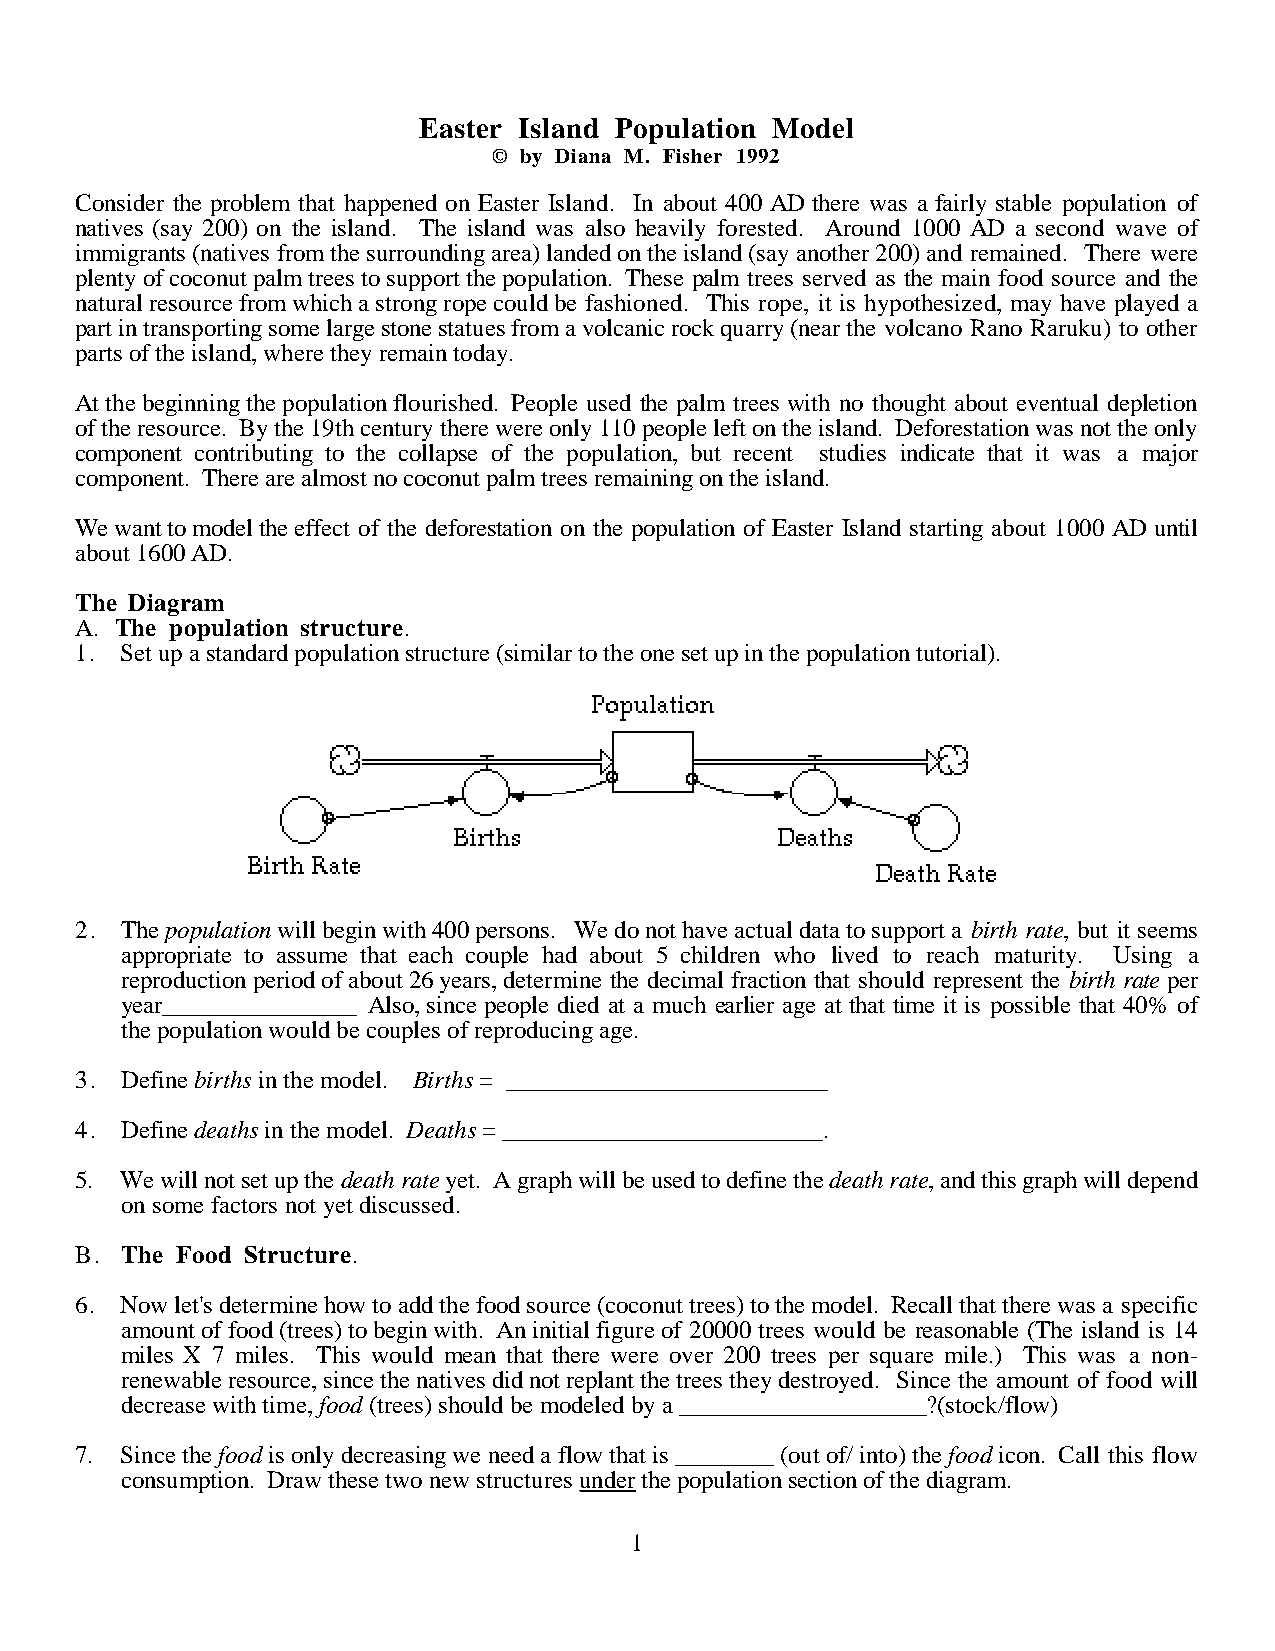
Easter Island Population Model
 © by Diana M. Fisher 1992
 Consider the problem that happened on Easter Island. In about 400 AD there was a fairly stable population of
 natives (say 200) on the island. The island was also heavily forested. Around 1000 AD a second wave of
 immigrants (natives from the surrounding area) landed on the island (say another 200) and remained. There were
 plenty of coconut palm trees to support the population. These palm trees served as the main food source and the
 natural resource from which a strong rope could be fashioned. This rope, it is hypothesized, may have played a
 part in transporting some large stone statues from a volcanic rock quarry (near the volcano Rano Raruku) to other
 parts of the island, where they remain today.
 At the beginning the population flourished. People used the palm trees with no thought about eventual depletion
 of the resource. By the 19th century there were only 110 people left on the island. Deforestation was not the only
 component contributing to the collapse of the population, but recent studies indicate that it was a major
 component. There are almost no coconut palm trees remaining on the island.
 We want to model the effect of the deforestation on the population of Easter Island starting about 1000 AD until
 about 1600 AD.
 The Diagram
 A. The population structure.
 1. Set up a standard population structure (similar to the one set up in the population tutorial).
 2. The population will begin with 400 persons. We do not have actual data to support a birth rate, but it seems
 appropriate to assume that each couple had about 5 children who lived to reach maturity. Using a
 reproduction period of about 26 years, determine the decimal fraction that should represent the birth rate per
 year            Also, since people died at a much earlier age at that time it is possible that 40% of
 the population would be couples of reproducing age.
 3. Define births in the model. Births = __________________________
 4. Define deaths in the model. Deaths = __________________________.
 5. We will not set up the death rate yet. A graph will be used to define the death rate, and this graph will depend
 on some factors not yet discussed.
 B. The Food Structure.
 6. Now let's determine how to add the food source (coconut trees) to the model. Recall that there was a specific
 amount of food (trees) to begin with. An initial figure of 20000 trees would be reasonable (The island is 14
 miles X 7 miles. This would mean that there were over 200 trees per square mile.) This was a non-
 renewable resource, since the natives did not replant the trees they destroyed. Since the amount of food will
 decrease with time, food (trees) should be modeled by a ____________________?(stock/flow)
 7. Since the food is only decreasing we need a flow that is ________ (out of/ into) the food icon. Call this flow
 consumption. Draw these two new structures u n der the population section of the diagram.
 1